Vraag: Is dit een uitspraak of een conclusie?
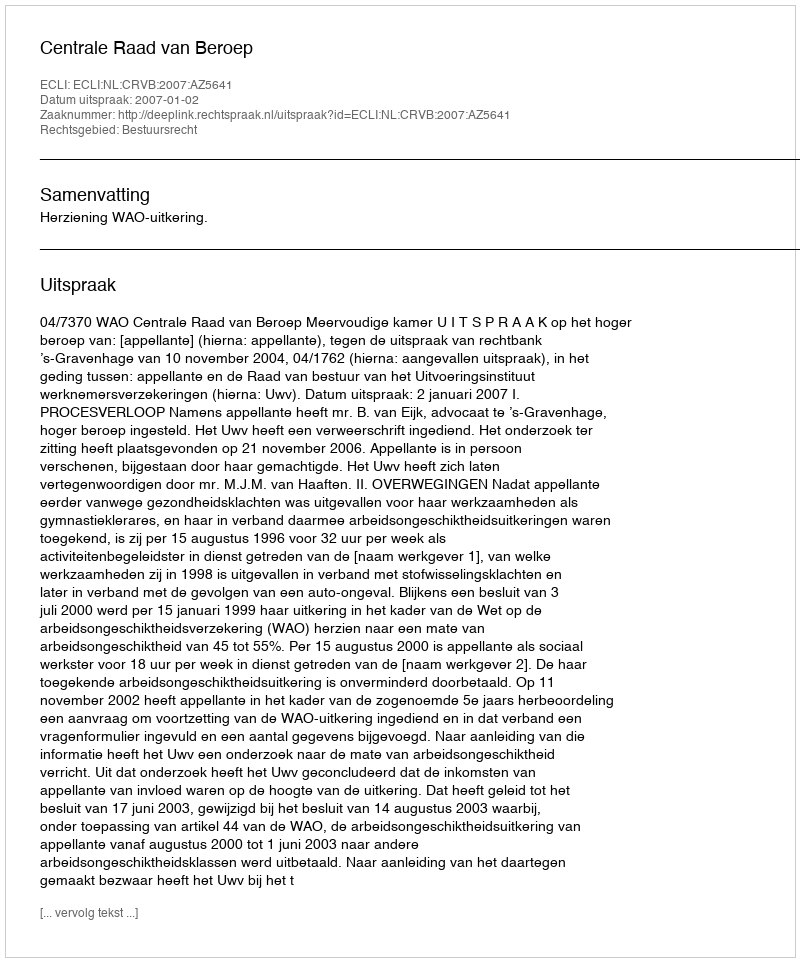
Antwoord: Uitspraak